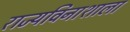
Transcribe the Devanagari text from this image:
राज्यविनाशाला